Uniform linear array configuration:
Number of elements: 48
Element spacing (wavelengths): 1
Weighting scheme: cosine
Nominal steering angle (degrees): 60
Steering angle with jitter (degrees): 59.82
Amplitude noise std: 0.05
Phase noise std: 0.05

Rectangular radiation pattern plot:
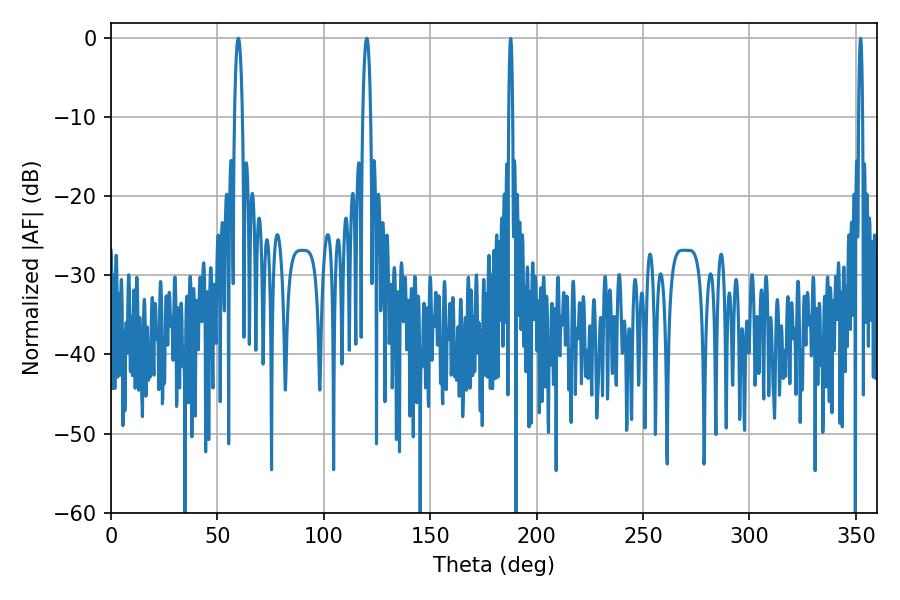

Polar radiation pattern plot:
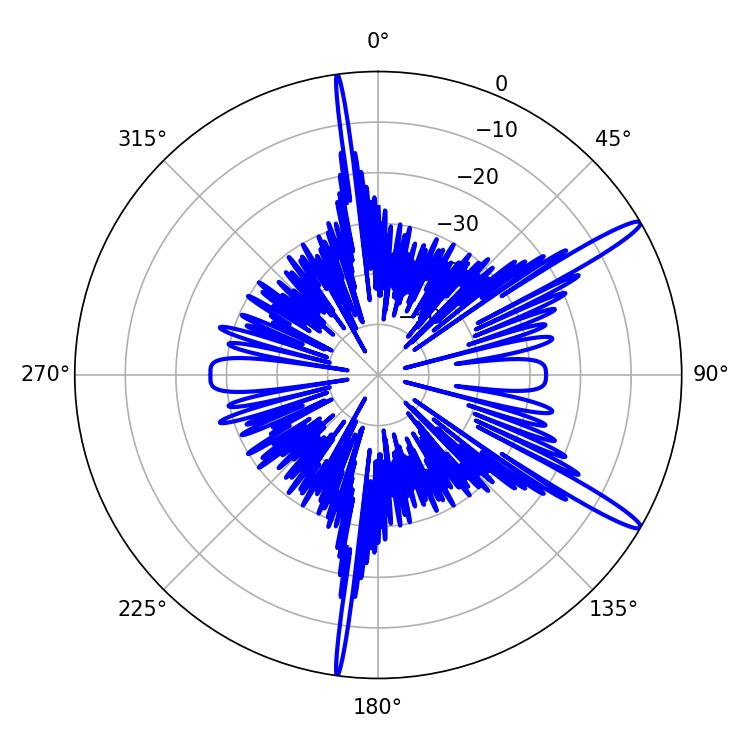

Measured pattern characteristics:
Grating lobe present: TRUE
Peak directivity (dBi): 14.792
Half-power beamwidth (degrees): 1.98
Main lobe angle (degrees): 120.24